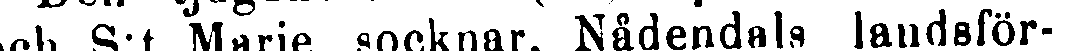
och S:t Marie socknar, Nådendals landsför-